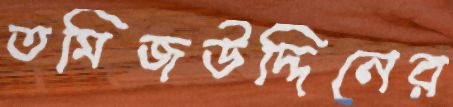
তমিজউদ্দিনের